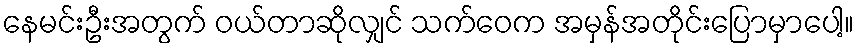
နေမင်းဦးအတွက် ဝယ်တာဆိုလျှင် သက်ဝေက အမှန်အတိုင်းပြောမှာပေါ့။